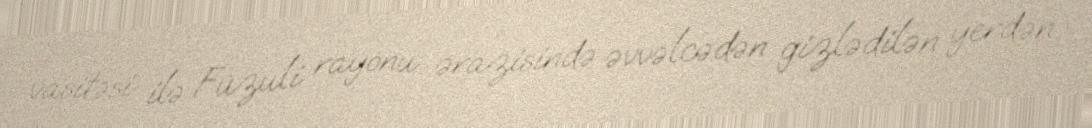
vasitəsi ilə Füzuli rayonu ərazisində əvvəlcədən gizlədilən yerdən